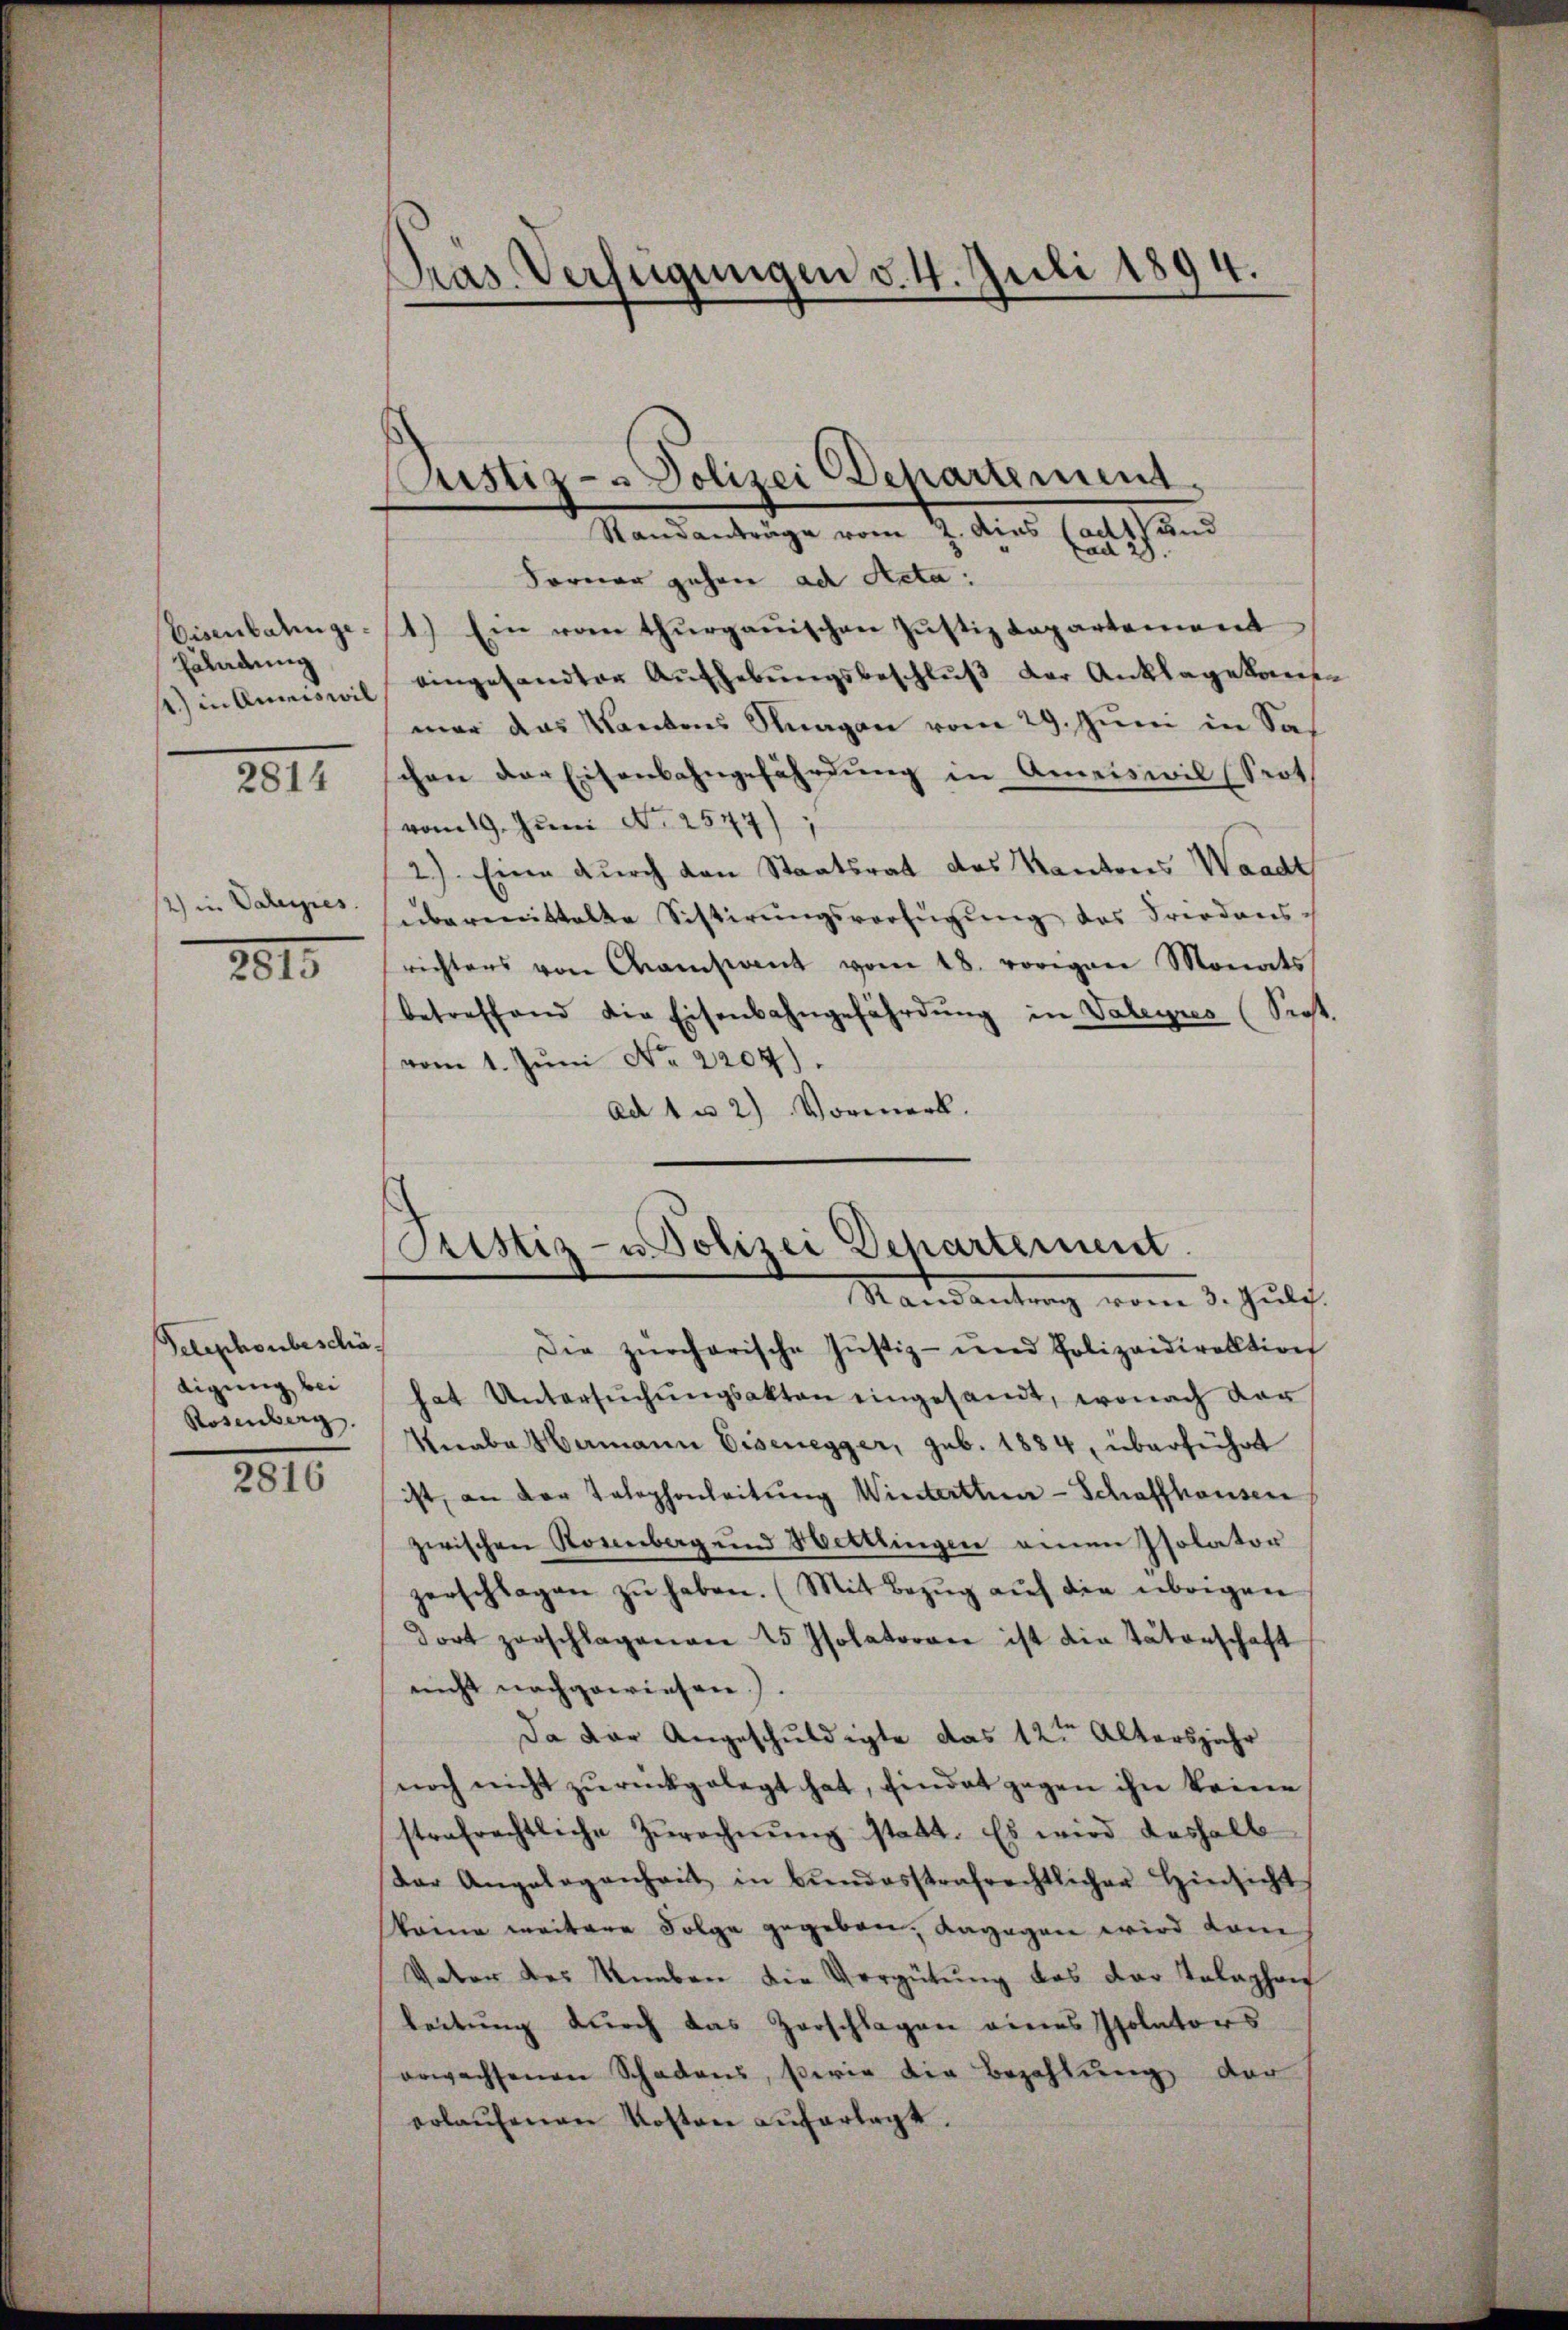
Eisenbahnge¬
Eäladung
2) in Auswil

2814

2) in Vateries.

2815

Telephonbeschätigung bei
Rosenberg.

2816

Pras. Verfügungen v. 4. Juli 1894.

Justiz- & Polizei Departement.
Standanträge vom 2. dies tadt und

ad 28.
Forner gehen ad Acta:
1.) Ein vom Thurgauischen Jŭstizdepartement
eingesandter Aufhebungsbeschluß der Anklagekann
mar das Kantons Stragen vom 29. Juni in Sas
schen der Eisenbahngefährdung in Ameiswil (Seot
vom 19. Juni No 2577)
2) Eine durch den Staatsrat des Kantons Waadt
übermittelte Sistirŭngsverfügŭng des Friedens-
richters von Camstant vom 18. vorigen Monats
betreffend die Eisenbahngefährdŭng in Valeyres (Sept.
vom 1. Jŭni No 2207).
Ad 1 u 2) Vormerk.

Pristiz- u. Polizei Departement

Mandantung vom 3. Juli.
Die zürcherische Justiz- und Polizeidirektion
hat Untersŭchŭngsakten eingesandt, wonach der
Knabe Hamann Eisenegger, sub. 1884, überführt
ist, an der Telephonleitŭng Winterthur - Schaffhausen
zwischen Rosenberg und Hettlingen einen Isolator
zerschlagen zŭ haben. (Mit Bezug auf die übrigen
dort zerschlagenen 25 Isolatoren ist die tätenschaft
nicht nachgewiesen.).
Da der Angeschuldigte das 12ten Altersjahr
noch nicht zŭrückgelegt hat, findet gegen ihn keine
strafrechtliche Zŭrechnŭng statt. Es wird deshalb
dar Angelegenheit in Bŭndesstrafrechtlicher Hinsicht
keine weitere Folge gegeben, dagegen wird dam
Ueber des Uneben die Vergütŭng des der Telephon
leitung durch das Zerschlagen eines Isolators
erwachsenen Schadens, serie die Bezahlŭng der
erlaŭfenen Kosten auferlegt.